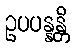
ဥပပန္နန္တိ